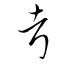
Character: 考